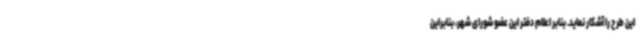
این طرح را آشکار نماید. بنابر اعلام دفتر این عضو شورای شهر، بنابراین